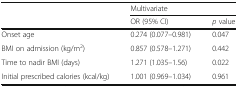
<table><thead><tr><td></td><td colspan="2"><b>Multivariate</b></td></tr><tr><td></td><td><b>OR (95% CI)</b></td><td><b><i>p</i> value</b></td></tr></thead><tbody><tr><td>Onset age</td><td>0.274 (0.077–0.981)</td><td>0.047</td></tr><tr><td>BMI on admission (kg/m<sup>2</sup>)</td><td>0.857 (0.578–1.271)</td><td>0.442</td></tr><tr><td>Time to nadir BMI (days)</td><td>1.271 (1.035–1.56)</td><td>0.022</td></tr><tr><td>Initial prescribed calories (kcal/kg)</td><td>1.001 (0.969–1.034)</td><td>0.961</td></tr></tbody></table>